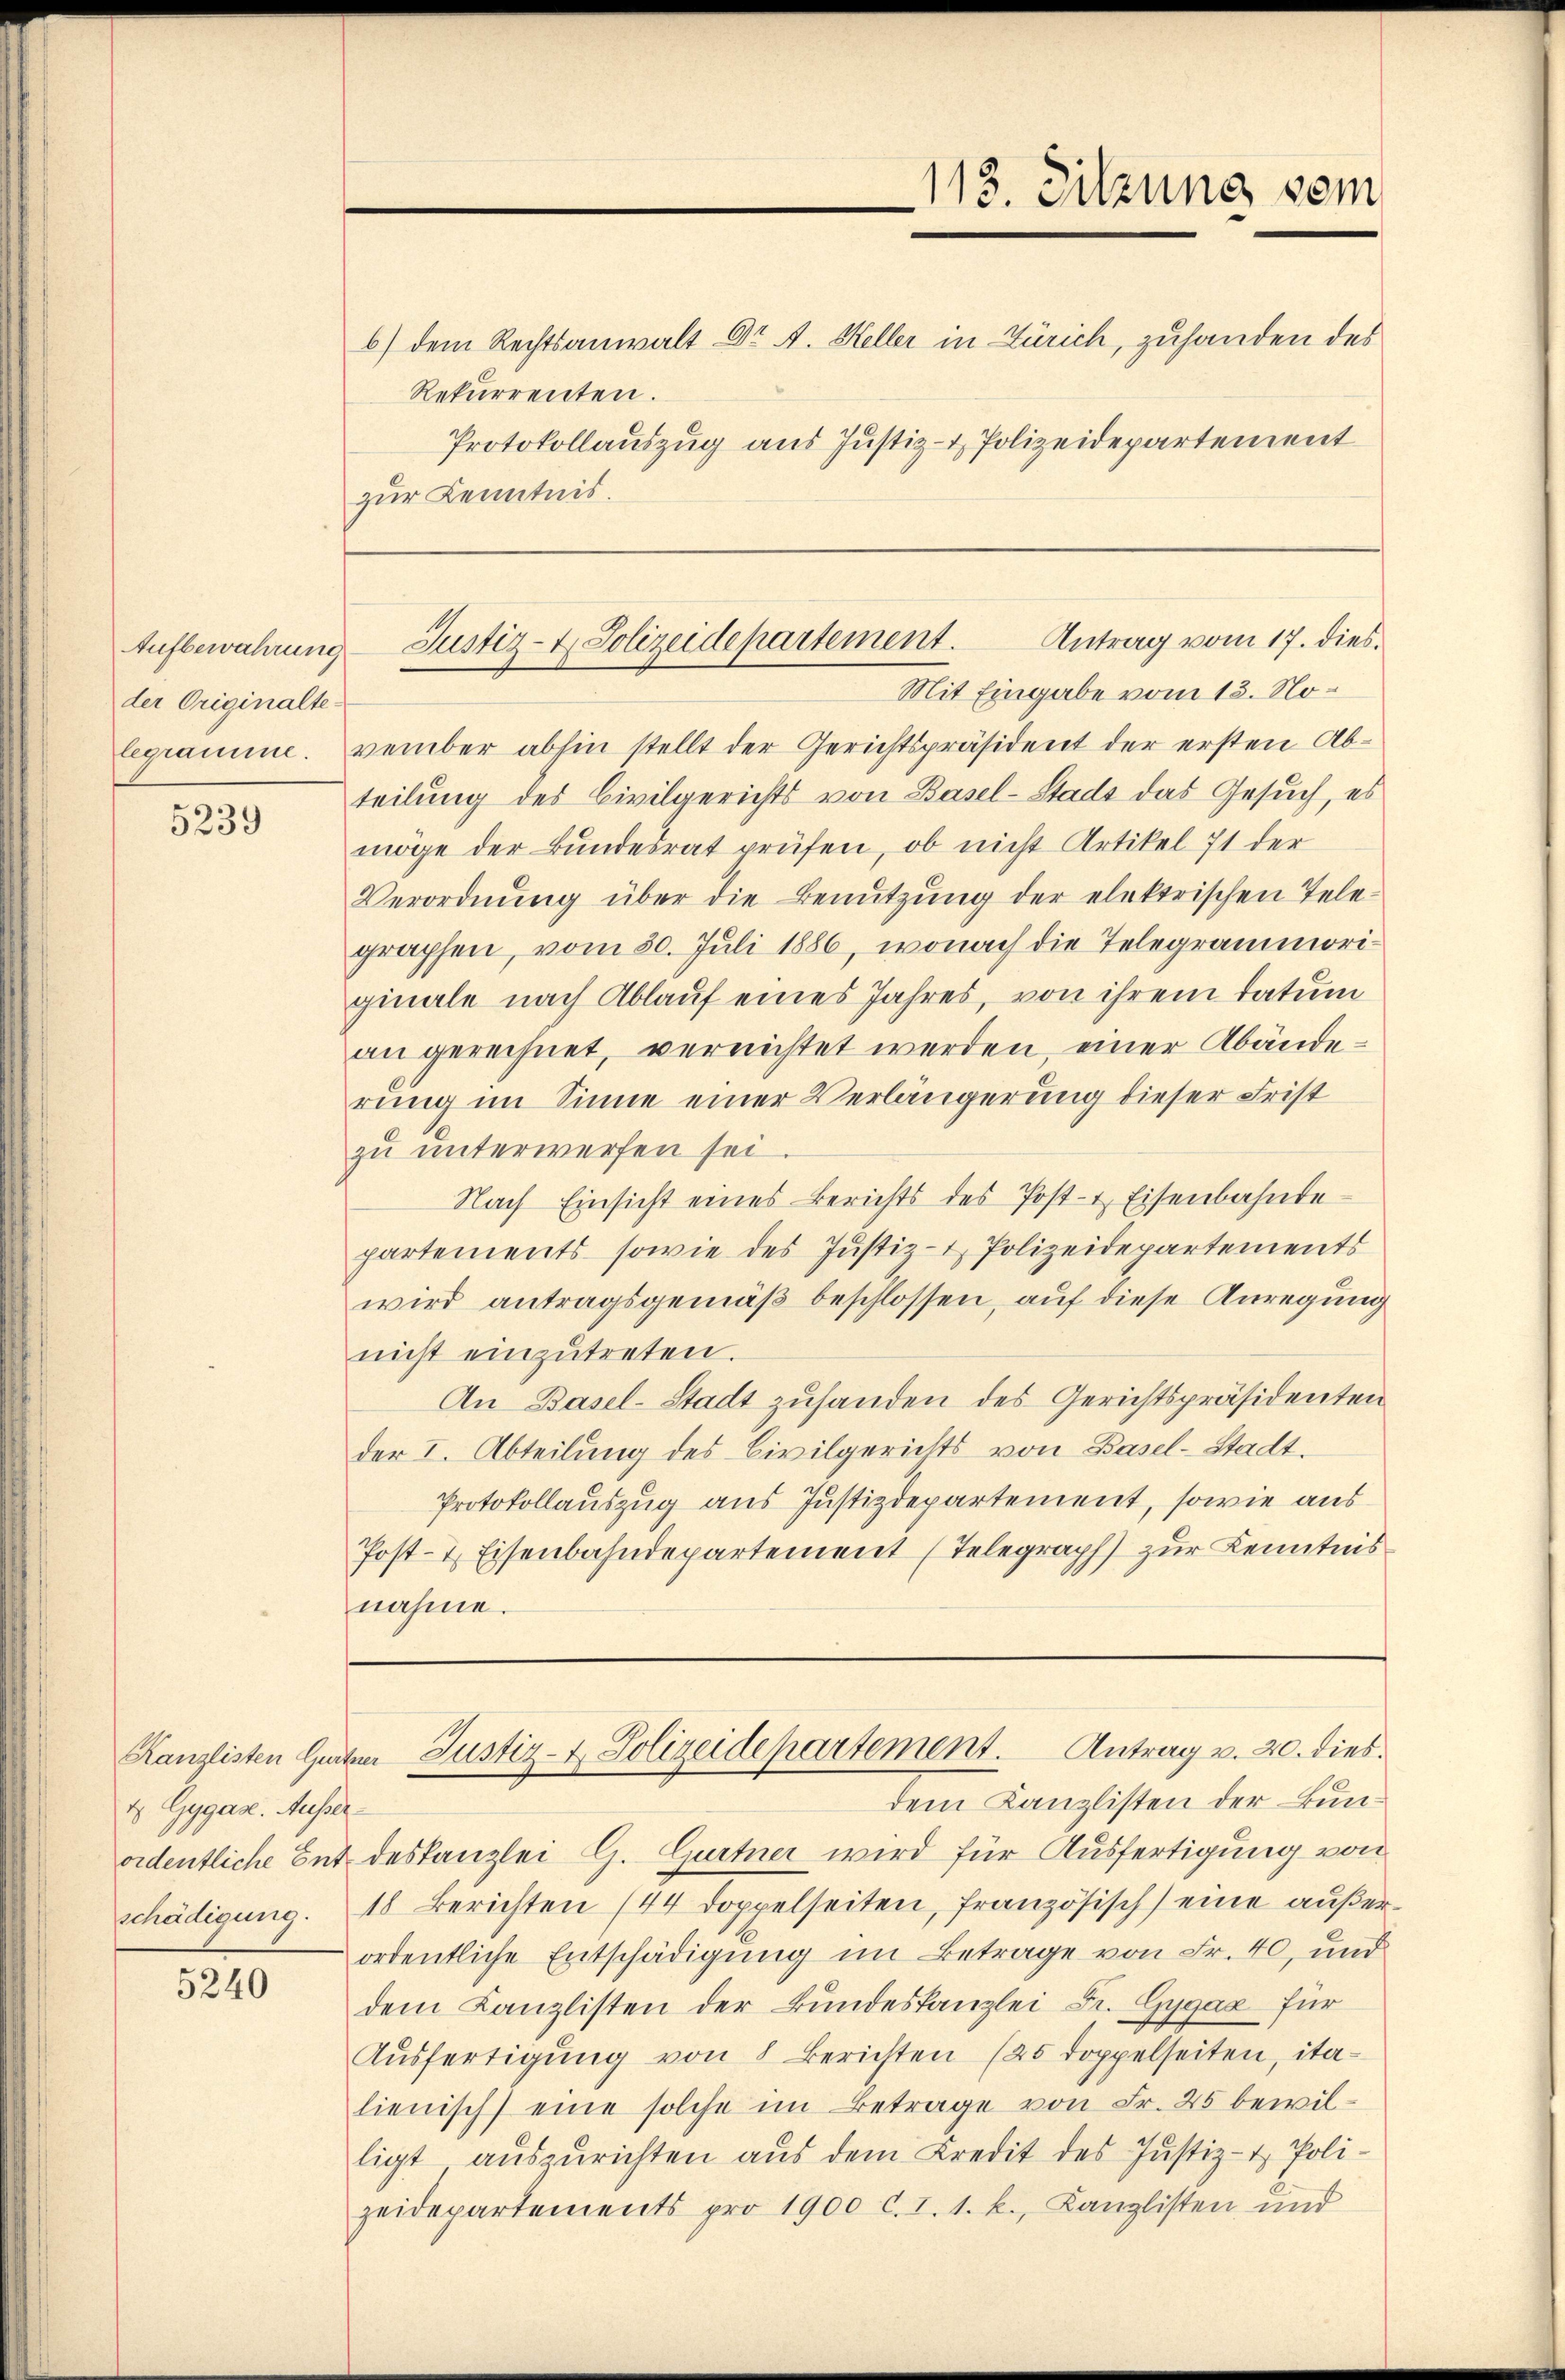
der Originalte-
legramme.

5239

Kanzlisten Gur
 Gygase. Ausser
ordentliche Entschädigung.

5240

6) dem Rechtsanwalt Dr A. Heller in Zürich, zuhanden des
Rekurrenten.
Protokollauszug aus Justiz- & Polizeidepartement
zur Kenntnis.

vember abhin stellt der Gerichtspräsident der ersten Abteilung des Civilgerichts von Basel-Stadt das Gesuch, es
möge der Bundesrat prüfen, ob nicht Artikel 71 der
Verordnŭng über die Benŭtzŭng der elektrischen Tele-
graphen, vom 30. Juli 1886, wonach die Telegrammoriginale nach Ablauf eines Jahres, von ihrem Datum
an gerechnet, verrichtet werden, einer Abänderung im Sinne einer Verlängerung dieser Frist
zu unterwerfen sei
Nach Einsicht eines Berichts des Post- & Eisenbahndepartements, sowie des Justiz- & Polizeidepartements
wird antragsgemäß beschlossen, auf diese Anregung
nicht einzŭtreten.
An Basel-Stadt zuhanden des Gerichtspräsidenten
der I. Abteilung des Civilgerichts von Basel-Stadt.
Protokollauszug aus Justizdepartement, sowie aus
Post- & Eisenbahndepartement (Telegraph) zur Kenntnis
nahme.

113. Sitzung vom

Antrag vom 17. dies
Aufbewahrung — Justiz- & Polizeidepartement.
Mit Eingabe vom 15. No¬

am Justiz- & Polizeidepartement. Antrag v. 20. dies
dem Kanzlisten der Bun¬

f
deskanzlei G. Gurtner wird für Ausfertigung von
18 Berichten (44 doppelseiten, französisch) eine außerordentliche Entschädigung im Betrage von Fr. 40, und
dem Kanzlisten der Bundeskanzlei Fr. Gygax für
Aŭsfertigŭng von 8 Berichten (25 doppelseiten, ita-
lienisch eine solche im Betrage von Fr. 25 bewilligt auszurichten aus dem Kredit des Justiz- & Polizeidepartements pro 1900 l. 1. 1. k. Kanzlisten und